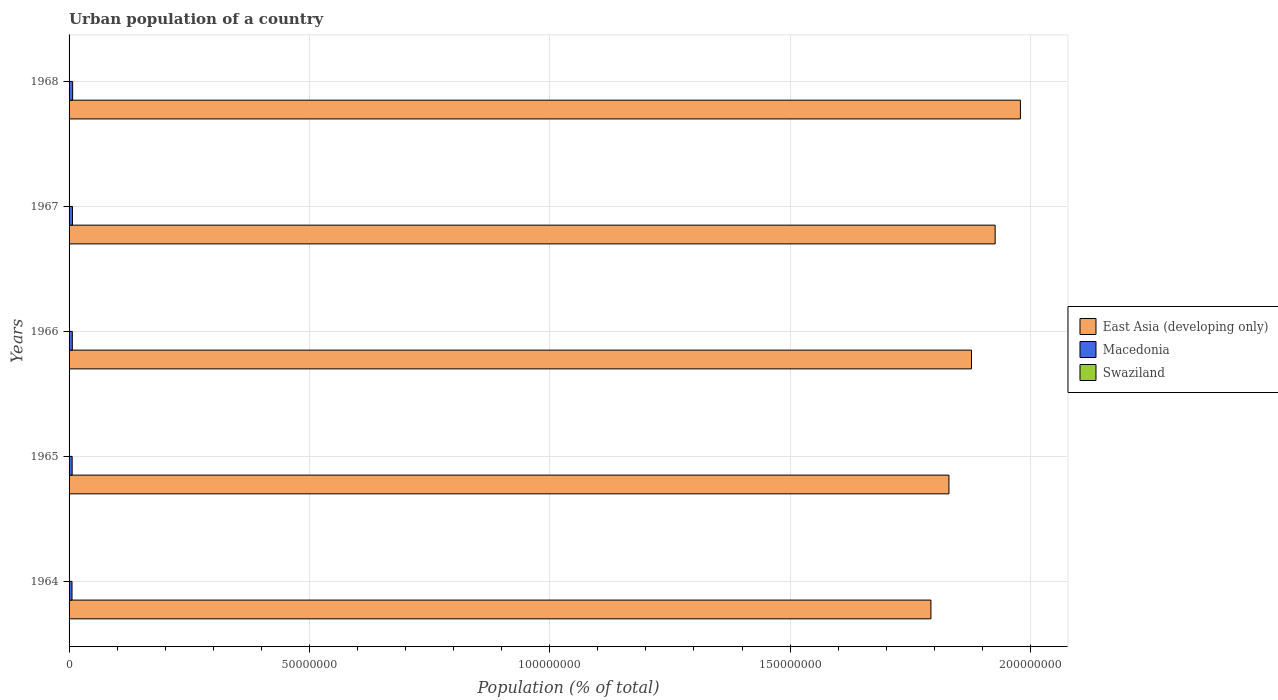
| Years | East Asia (developing only) | Macedonia | Swaziland |
 | --- | --- | --- | --- |
 | 1964 | 1.79e+08 | 6.13e+05 | 2.25e+04 |
 | 1965 | 1.83e+08 | 6.43e+05 | 2.54e+04 |
 | 1966 | 1.88e+08 | 6.74e+05 | 2.87e+04 |
 | 1967 | 1.93e+08 | 7.08e+05 | 3.18e+04 |
 | 1968 | 1.98e+08 | 7.42e+05 | 3.52e+04 |